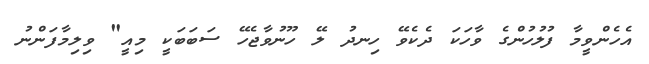
އެހެންވީމާ ފުލުހުންގެ ވާހަކަ ދެކެވޭ ހިނދު ލޭ ހޫނުވާޖެހޭ ސަބަބަކީ މިއީ" ވިލިމާފަންނު